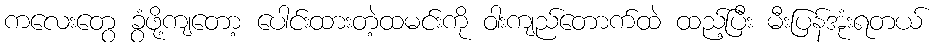
ကလေးတွေ ခွံဖို့ကျတော့ ပေါင်းထားတဲ့ထမင်းကို ဝါးကျည်တောက်ထဲ ထည့်ပြီး မီးပြန်အုံးရတယ်